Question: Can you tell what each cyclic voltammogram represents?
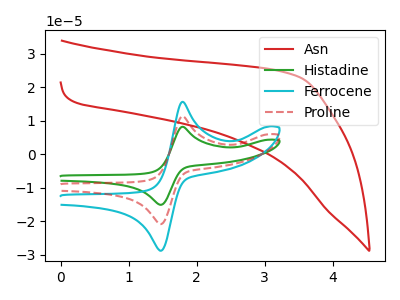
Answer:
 <answer>The red curve is labeled "Asn". The green curve is labeled "Histadine". The cyan curve is labeled "Ferrocene". The red dashed curve is labeled "Proline".</answer>
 <eval></eval>